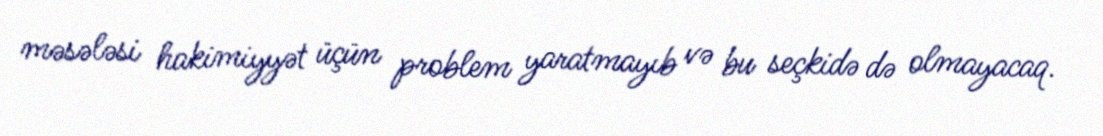
məsələsi hakimiyyət üçün problem yaratmayıb və bu seçkidə də olmayacaq.